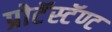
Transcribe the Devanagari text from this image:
प्रोटॅस्टॅण्ट